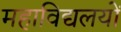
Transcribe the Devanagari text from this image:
महाविद्यलयों